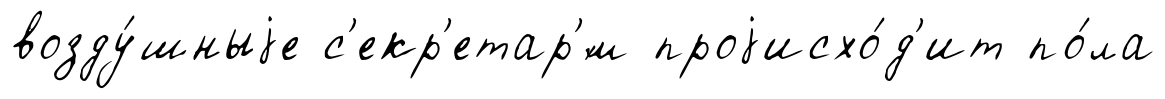
возду́шныjе с'екр'етар'́м проjисхо́д'ит по́ла